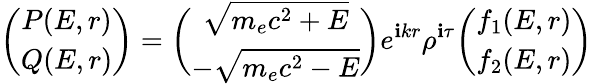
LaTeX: \biggl(\begin{array}{cc}{P(E,r)}\\ {Q(E,r)}\end{array}\biggr)=\biggl(\begin{array}{cc}{\sqrt{m_{e}c^{2}+E}}\\ {-\sqrt{m_{e}c^{2}-E}}\end{array}\biggr)e^{\mathbf{i}kr}\rho^{\mathbf{i}\tau}\biggl(\begin{array}{cc}{f_{1}(E,r)}\\ {f_{2}(E,r)}\end{array}\biggr)